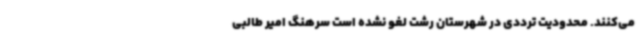
می‌کنند. محدودیت ترددی در شهرستان رشت لغو نشده است سرهنگ امیر طالبی